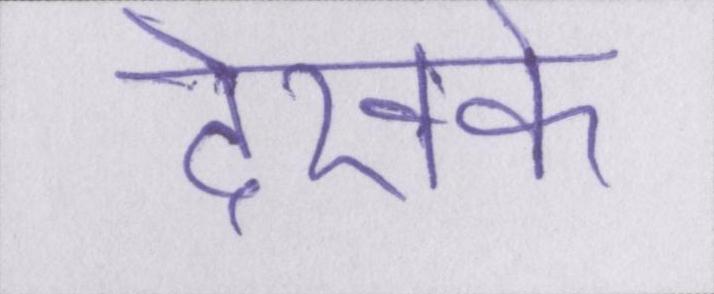
देखके